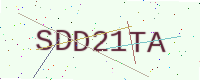
Text: SDD21TA